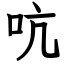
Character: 吭